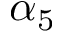
\alpha _ { 5 }